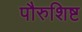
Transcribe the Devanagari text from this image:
पौरुशिष्ट